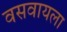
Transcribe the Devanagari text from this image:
वसवायला